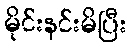
မိုင်းနင်းမိပြီး